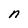
Character: n